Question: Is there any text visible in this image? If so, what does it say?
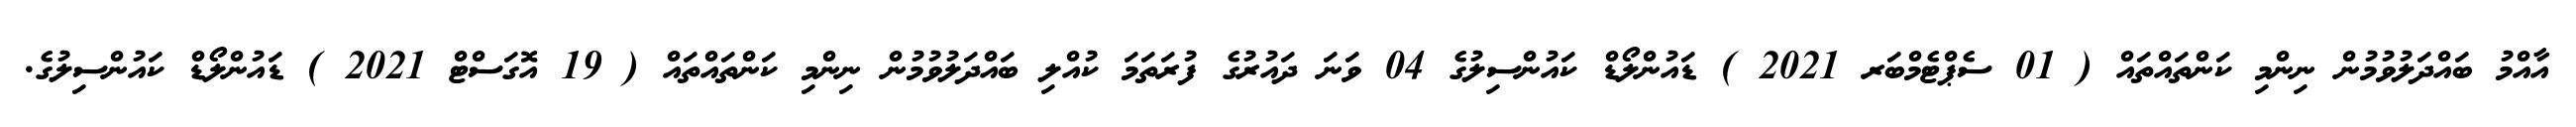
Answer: އާއްމު ބައްދަލުވުމުން ނިންމި ކަންތައްތައް ( 01 ސެޕްޓެމްބަރ 2021 ) ޑައުންލޯޑް ކައުންސިލުގެ 04 ވަނަ ދައުރުގެ ފުރަތަމަ ކުއްލި ބައްދަލުވުމުން ނިންމި ކަންތައްތައް ( 19 އޮގަސްޓް 2021 ) ޑައުންލޯޑް ކައުންސިލުގެ.